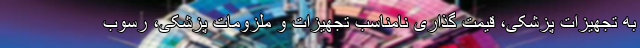
به تجهیزات پزشکی، قیمت گذاری نامناسب تجهیزات و ملزومات پزشکی، رسوب